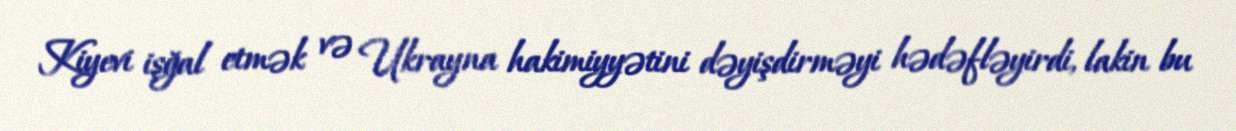
Kiyevi işğal etmək və Ukrayna hakimiyyətini dəyişdirməyi hədəfləyirdi, lakin bu